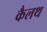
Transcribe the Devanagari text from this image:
कैलथ